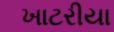
ખાટરીયા